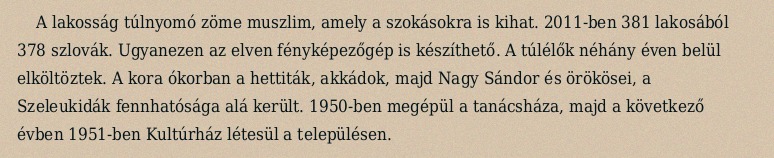
A lakosság túlnyomó zöme muszlim, amely a szokásokra is kihat. 2011-ben 381 lakosából 378 szlovák. Ugyanezen az elven fényképezőgép is készíthető. A túlélők néhány éven belül elköltöztek. A kora ókorban a hettiták, akkádok, majd Nagy Sándor és örökösei, a Szeleukidák fennhatósága alá került. 1950-ben megépül a tanácsháza, majd a következő évben 1951-ben Kultúrház létesül a településen.